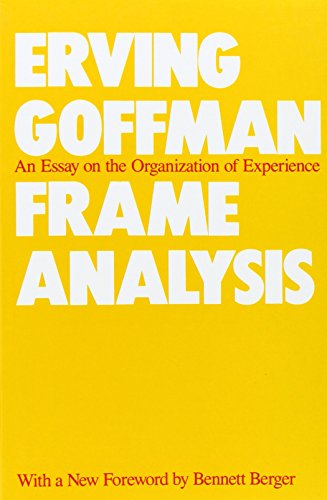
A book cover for Frame Analysis: An Essay on the Organization of Experience; Erving Goffman; Science & Math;